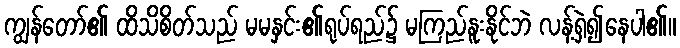
ကျွန်တော်၏ ထိသိစိတ်သည် မမနှင်း၏ရုပ်ရည်၌ မကြည်နူးနိုင်ဘဲ လန့်ရှဲ၍နေပါ၏။